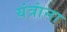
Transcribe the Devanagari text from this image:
यंत्रांना